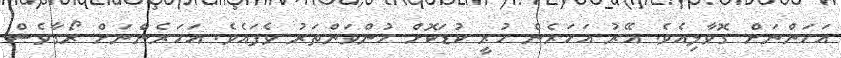
އަހަންނަށް ގޮވާލިއެވެ. އޭރު އަހަރެން ހުރީ ކުޑަކޮށް ހުންވަންތަރު ވެފައެވެ. އަހަރެންނަށް ރޯގާވެސް